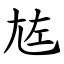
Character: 㝾